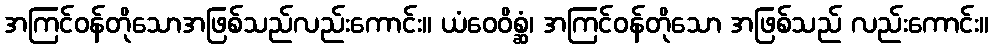
အကြင်ဝန်တိုသောအဖြစ်သည်လည်းကောင်း။ ယံဝေဝိစ္ဆံ၊ အကြင်ဝန်တိုသော အဖြစ်သည် လည်းကောင်း။